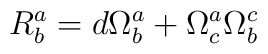
R^a_b=d\Omega^a_b+\Omega^a_c\Omega^c_b